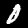
Digit: 0